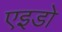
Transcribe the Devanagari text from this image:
एइडो